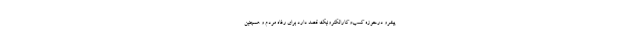
پیشرو درحوزه کسب‌و‌کا‌‌رالکترونیک قصد دارد برای رفاه مردم و همچنین